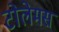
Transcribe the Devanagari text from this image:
टोलेमस